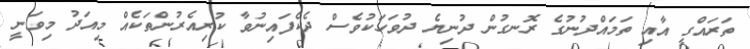
ތަރައްގީ އާއި ތަމައްދުނުގެ ރޮނގުން ދުނިޔެ ދުވަހަކުވެސް ދެކެފައިނުވާ ކުރިއެރުންތަކެއް މިއަދު މިވަނީ